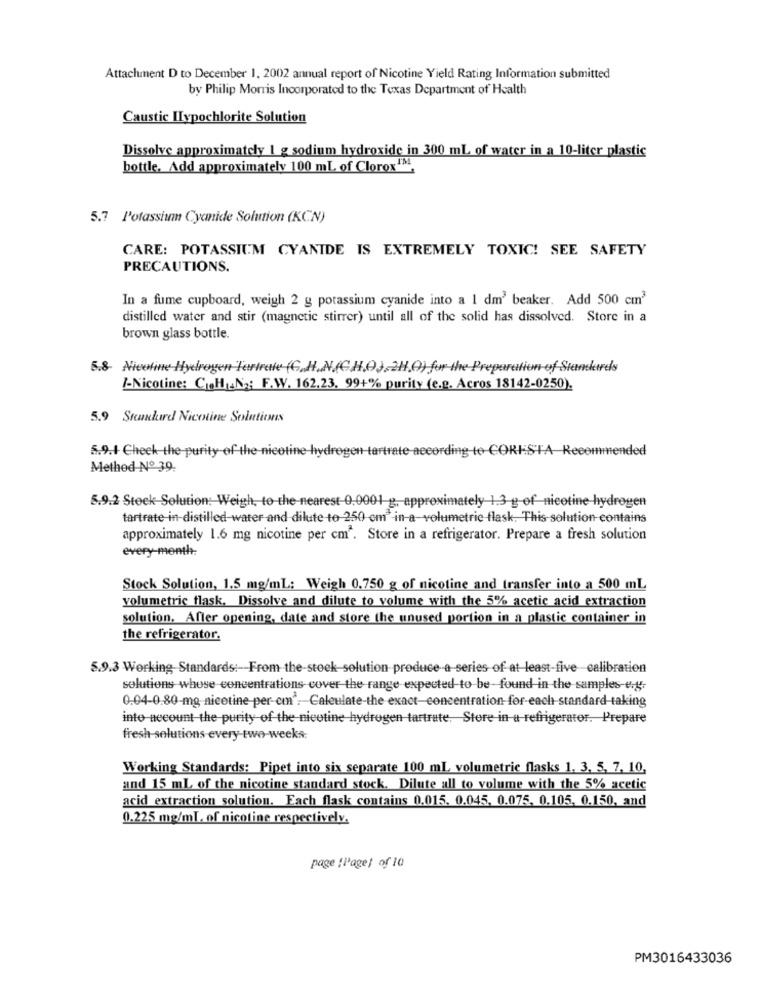
Attachment D to December 1, 2002 annual report of Nicotine Yield Rating Information submitted
by Philip Morris Incorporated to the Texas Department of Health
Caustic Hypochlorite Solution
Dissolve approximately 1 g sodium hydroxide in 300 ml of water in a 10-liter plastic
bottle, Add approximately 100 ml of Clorox134,
5.7 Potassium Cyanide Solution (KCN)
CARE: POTASSIUM CYANIDE IS EXTREMELY TOXIC! SEE SAFETY
PRECAUTIONS.
In a fume cupboard, weigh 2 g potassium cyanide into a 1 dm' beaker. Add 500 cm3
distilled water and stir (magnetic stirrer) until all of the solid has dissolved. Store in a
brown glass bottle.
5.8- Nicoline Hydrogen Terirale (C.H. N.(C.H.O),2H.O) for the Preparation of Standards
/-Nicotine: C.H .N2: F.W. 162.23. 99+% purity (e.g. Acros 18142-0250).
5.9 Stundurd Nicotine Solutions
5.9.+ Check the purity of the nicotine hydrogen tartrate according to CORESTA Recommended
Method Nº 39.
5.9.2 Stock Solution: Weigh, to the nearest-0.0001 g, approximately 1,3 g-of nicotine hydrogen
tartrate in-distilled water and dilute to 250 em" -in-a-volumetric flask. This solution contains
approximately 1.6 mg nicotine per cm". Store in a refrigerator. Prepare a fresh solution
every-month-
Stock Solution, 1.5 mg/ml; Weigh 0.750 g of nicotine and transfer into a 500 mL
volumetric flask. Dissolve and dilute to volume with the 5% acetic acid extraction
solution. After opening, date and store the unused portion in a plastic container in
the refrigerator.
5.9.3 Working Standards :- From the-stock-solution produce a series of at least-five- calibration
solutions whose concentrations cover the range expected to be-found in the samples-e.g.
0.04-0.80-mg nicotine-per-cm". Calculate-the exact-concentration-for-each-standard-taking
into necount-the-purity of the nicotine hydrogen tartrate. Store in a refrigerator. Prepare
fresh solutions every two-weeks:
Working Standards: Pipet into six separate 100 ml volumetric flasks 1. 3. 5. 7. 10,
and 15 mL of the nicotine standard stock. Dilute all to volume with the 5% acetic
acid extraction solution. Each flask contains 0.015. 0.045, 0.075, 0.105. 0.150, and
0.225 mg/ml. of nicotine respectively.
page :Pagel of 10
PM3016433036